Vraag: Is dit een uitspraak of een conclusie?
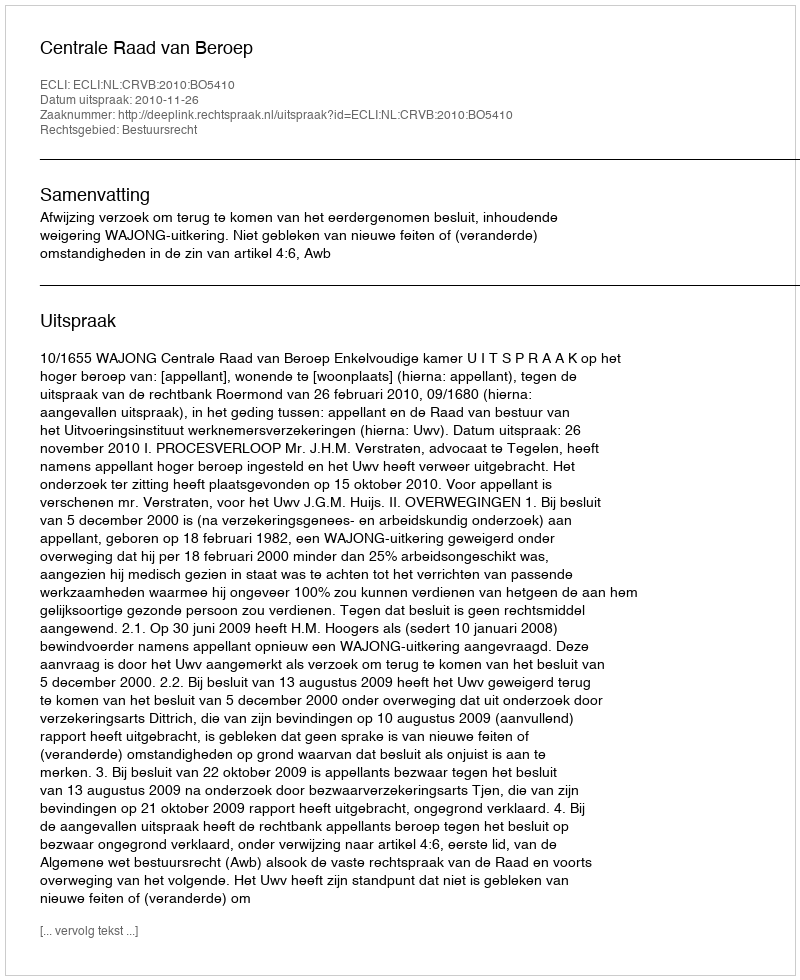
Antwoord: Uitspraak